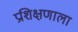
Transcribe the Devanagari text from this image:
प्रशिक्षणाला